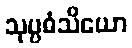
သုပ္ပဓံသိယော